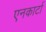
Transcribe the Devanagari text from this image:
एनकार्टा